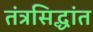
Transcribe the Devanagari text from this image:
तंत्रसिद्धांत